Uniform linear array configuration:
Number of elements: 32
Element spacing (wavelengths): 0.75
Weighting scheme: uniform
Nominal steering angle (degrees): -45
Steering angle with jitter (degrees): -45.59
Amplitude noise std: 0.05
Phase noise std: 0.05

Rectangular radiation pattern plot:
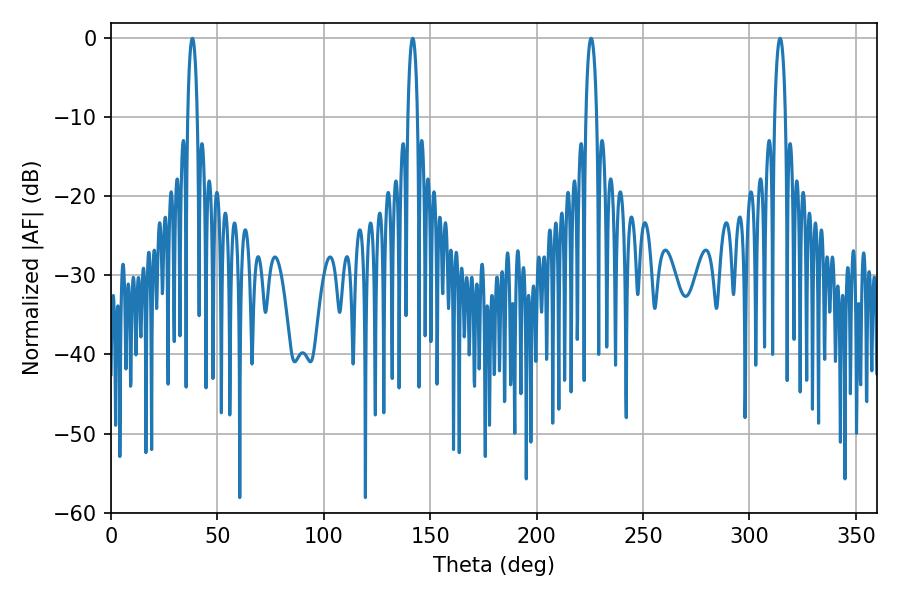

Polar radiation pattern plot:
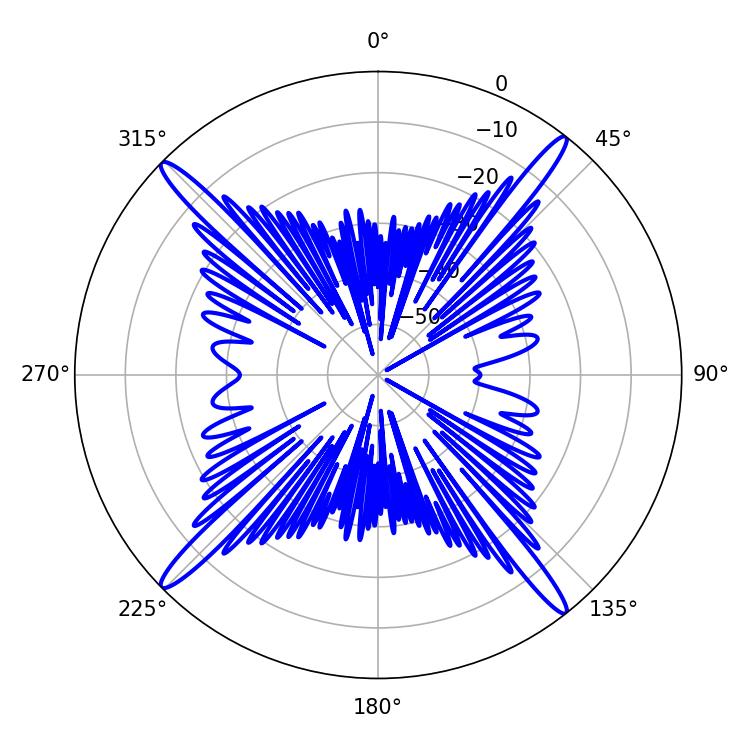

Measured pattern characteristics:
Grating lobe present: TRUE
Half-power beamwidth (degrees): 2.7
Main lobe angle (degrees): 225.54